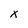
Character: X